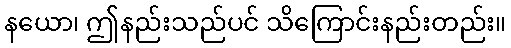
နယော၊ ဤနည်းသည်ပင် သိကြောင်းနည်းတည်း။